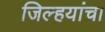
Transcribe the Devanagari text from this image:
जिल्हयांचा